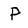
Character: P